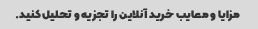
مزایا و معایب خرید آنلاین را تجزیه و تحلیل کنید.